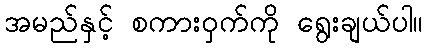
အမည်နှင့် စကားဝှက်ကို ရွေးချယ်ပါ။